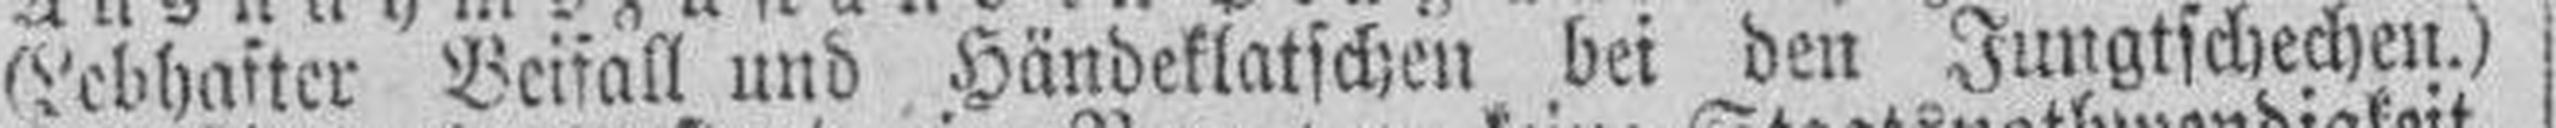
(Lebhafter Beifall und Händeklatschen bei den Jungtschechen.)